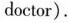
doctor).